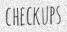
CHECKUPS